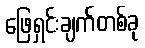
ဖြေရှင်းချက်တစ်ခု